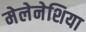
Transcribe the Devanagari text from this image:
मेलेनेशिया